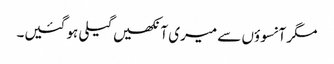
مگر آنسوؤں سے میری آنکھیں گیلی ہو گئیں۔